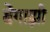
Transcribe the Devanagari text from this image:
बेंगाझी